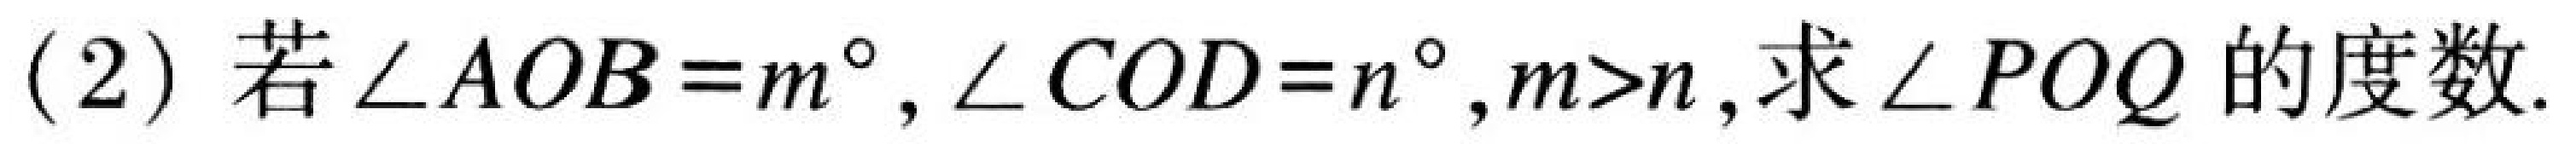
(2) 若$\angle AOB = m^{\circ},\angle COD = n^{\circ},m > n$,求$\angle POQ$的度数.